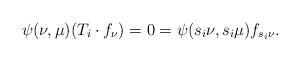
LaTeX: \begin{align*}\psi(\nu,\mu)(T_i \cdot f_{\nu})=0=\psi(s_i\nu,s_i\mu)f_{s_i \nu}.\end{align*}